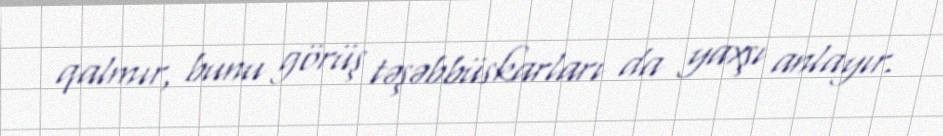
qalmır, bunu görüş təşəbbüskarları da yaxşı anlayır.